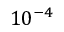
1 0 ^ { - 4 }